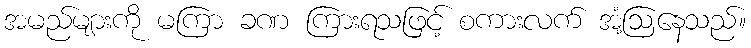
အမည်များကို မကြာ ခဏ ကြားရသဖြင့် စကားလက် အံ့ဩနေသည်။